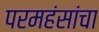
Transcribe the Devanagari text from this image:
परमहंसांचा